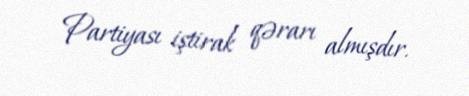
Partiyası iştirak qərarı almışdır.